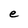
Character: e